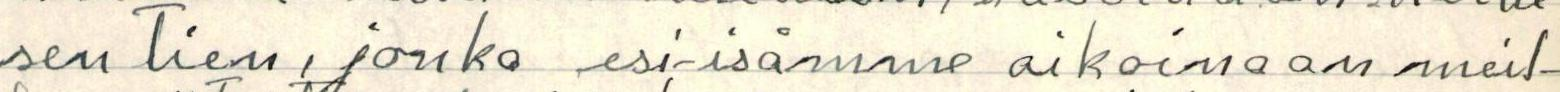
sen tien, jonka esi-isämme aikoinaan meil-